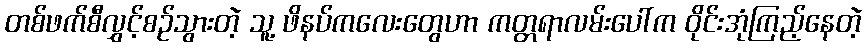
တစ်ဖက်စီလွှင့်စဉ်သွားတဲ့ သူ့ ဖိနပ်ကလေးတွေဟာ ကတ္တရာလမ်းပေါ်က ဝိုင်းအုံကြည့်နေတဲ့